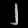
Digit: ၂